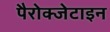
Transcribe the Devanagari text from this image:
पैरोक्जेटाइन